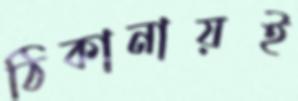
ঠিকানায়ই